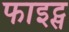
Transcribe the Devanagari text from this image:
फाइट्स